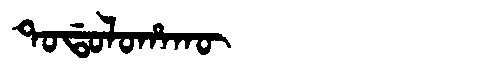
Manchu: ᡨᠣᡩᠣᠯᠣᡥᠠᡴᡡ
Romanization: TODOLOHAKŪ